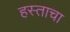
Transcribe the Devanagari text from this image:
हस्ताचा